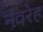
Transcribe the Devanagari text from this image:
नवरेह